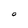
Character: O